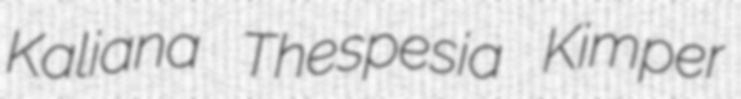
Kaliana Thespesia Kimper